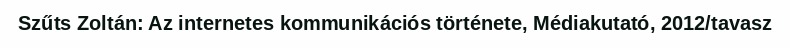
Szűts Zoltán: Az internetes kommunikációs története, Médiakutató, 2012/tavasz